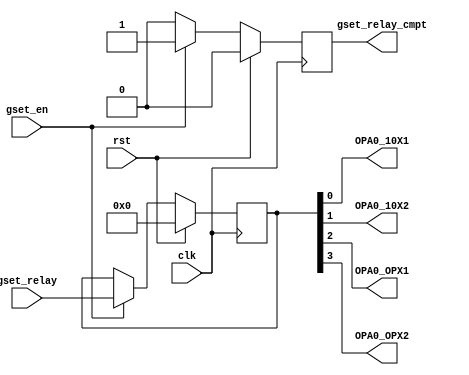
`timescale 1ns / 1ps
//////////////////////////////////////////////////////////////////////////////////
// Company:
// Engineer:
//
// Design Name:
// Module Name: Tc_PL_cap_gain_relay
// Project Name:
// Target Devices:
// Tool Versions:
// Description:
//
// Dependencies:
//
// Revision:
// Revision 0.01 - File Created
// Additional Comments:
//
//////////////////////////////////////////////////////////////////////////////////


module Tc_PL_cap_gain_relay
#(
parameter CAP0_14 = 4
)(
input                     clk                ,
input                     rst                ,
input                     gset_en            ,
output                    gset_relay_cmpt    ,
input      [CAP0_14-1:0]  gset_relay         ,
output                    OPA0_10X1          ,
output                    OPA0_10X2          ,
output                    OPA0_OPX1          ,
output                    OPA0_OPX2
    );

reg               t_gset_relay_cmpt =0;
reg [CAP0_14-1:0] relay             =0;
always@(posedge clk)begin
	if(rst)begin
		relay             <= 0;
		t_gset_relay_cmpt <= 0;
	end else if(gset_en)begin
		relay             <= gset_relay;
		t_gset_relay_cmpt <= 1         ;
	end else begin
		t_gset_relay_cmpt <= 0         ;
	end
end

assign gset_relay_cmpt = t_gset_relay_cmpt;
assign {OPA0_OPX2,OPA0_OPX1,OPA0_10X2,OPA0_10X1} = relay;

endmodule